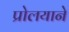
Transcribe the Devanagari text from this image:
प्रोलयाने